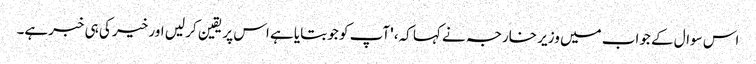
اس سوال کے جواب میں وزیر خارجہ نے کہا کہ، 'آپ کو جو بتایا ہے اس پر یقین کر لیں اور خیر کی ہی خبرہے۔